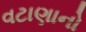
વટાણાનો